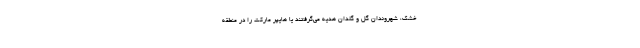
خشک، شهروندان گل و گلدان هدیه می‌گرفتند یا هایپر مارکت را در منطقه